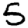
Digit: 5